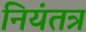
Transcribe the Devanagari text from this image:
नियंतत्र